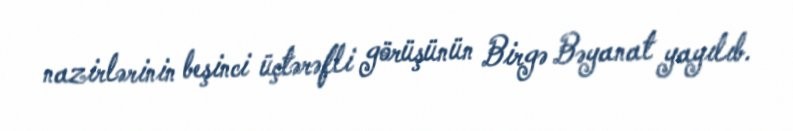
nazirlərinin beşinci üçtərəfli görüşünün Birgə Bəyanat yayılıb.